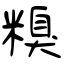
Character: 糗